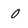
Character: 0